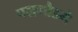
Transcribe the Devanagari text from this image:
पञ्चगौडमे